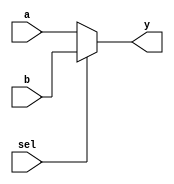
module mux2to1 (
    input wire a,        // Input signal a
    input wire b,        // Input signal b
    input wire sel,      // Select signal
    output wire y        // Output signal
);

// Continuous assignment using the assign statement
assign y = (sel) ? b : a; // If sel is 1, output b; otherwise, output a

endmodule